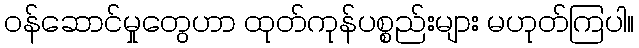
ဝန်ဆောင်မှုတွေဟာ ထုတ်ကုန်ပစ္စည်းများ မဟုတ်ကြပါ။